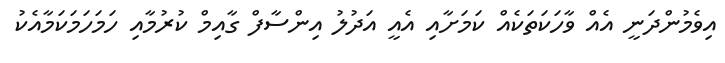
އިވެމުންދަނީ އެއް ވާހަކަތަކެއް ކަމަށާއި އެއީ އަދުލު އިންސާފް ގާއިމް ކުރުމާއި ހަމަހަމަކަމާއެކު